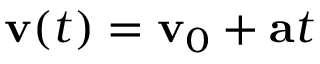
\mathbf { v } ( t ) = \mathbf { v } _ { 0 } + \mathbf { a } t